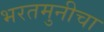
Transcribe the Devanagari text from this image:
भरतमुनीचा